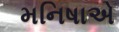
મનિષાએ